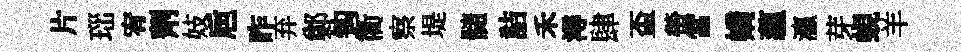
片𤤼宥劑妓巵昨弃鄭钩衢察堤髓詰禾潯肆盃螢當嬌蘊瀛芽蜆羊